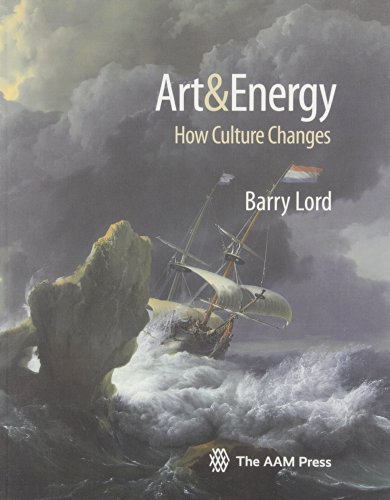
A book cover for Art & Energy: How Culture Changes; Barry Lord; Business & Money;